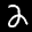
Label: 2